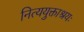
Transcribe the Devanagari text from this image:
नित्ययुक्ताश्रयः